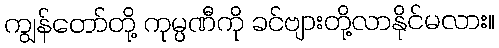
ကျွန်တော်တို့ ကုမ္ပဏီကို ခင်ဗျားတို့လာနိုင်မလား။